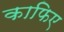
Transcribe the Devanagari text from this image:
काफिए